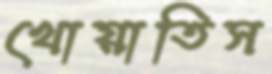
খোয়াতিস